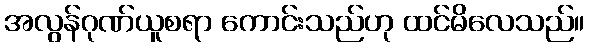
အလွန်ဂုဏ်ယူစရာ ကောင်းသည်ဟု ထင်မိလေသည်။